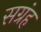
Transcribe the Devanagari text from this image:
सग्रंह